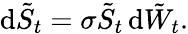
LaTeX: \mathrm{d}{\tilde{{S}}}_{t}=\sigma{\tilde{{S}}}_{t}\, \mathrm{d}{\tilde{{W}}}_{t}.